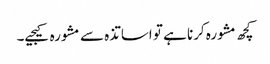
کچھ مشورہ کرنا ہے تو اساتذہ سے مشورہ کیجیے۔